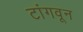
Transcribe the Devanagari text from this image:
टांगवून